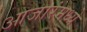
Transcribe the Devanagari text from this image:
आजारंमध्ये